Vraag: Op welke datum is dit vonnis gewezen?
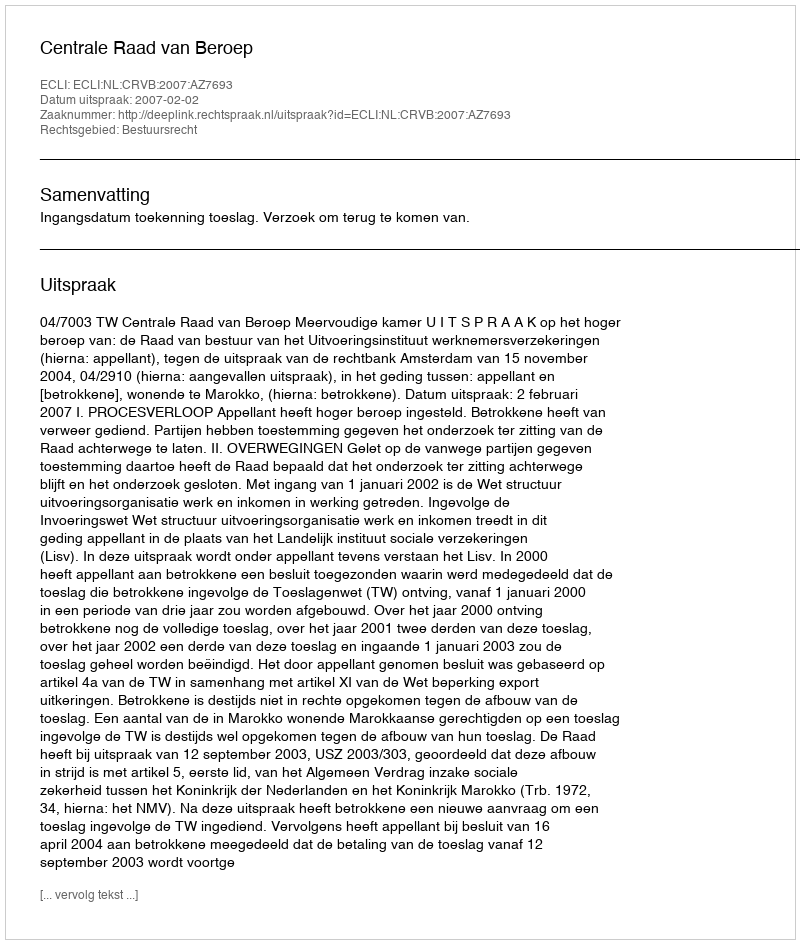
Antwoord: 2007-02-02